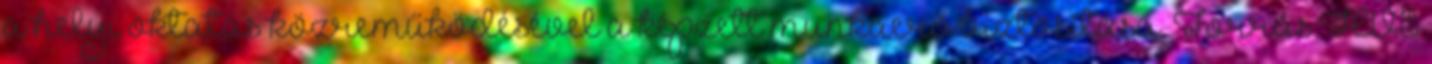
a helyi oktatás közreműködésével a képzett munkaerő biztosítása. Forrás:HVS